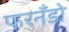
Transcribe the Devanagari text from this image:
फरनँडो